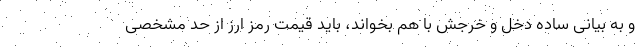
و به بیانی ساده دخل و خرجش با هم بخواند، باید قیمت رمز ارز از حد مشخصی